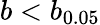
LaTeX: b<b_{0.05}